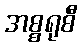
အစ္စရုစီ